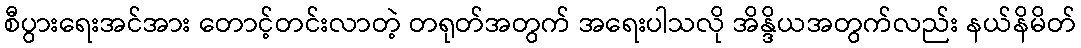
စီပွားရေးအင်အား တောင့်တင်းလာတဲ့ တရုတ်အတွက် အရေးပါသလို အိန္ဒိယအတွက်လည်း နယ်နိမိတ်